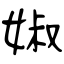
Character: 婌